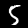
Digit: 5